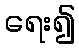
ရေး၍